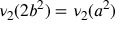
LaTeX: \nu _ { 2 } ( 2 b ^ { 2 } ) = \nu _ { 2 } ( a ^ { 2 } )